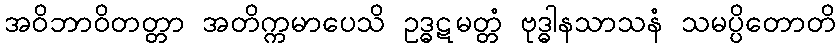
အဝိဘာဝိတတ္တာ အတိက္ကမာပေသိ ဥဒ္ဓဋမတ္တံ ဗုဒ္ဓါနသာသနံ သမပ္ပိတောတိ